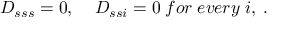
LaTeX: D _ { s s s } = 0 , \; \; \; \; D _ { s s i } = 0 \; f o r \; e v e r y \; i , \; .